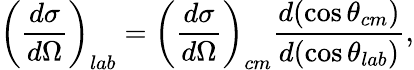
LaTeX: \left(\frac{d\sigma}{d\Omega}\right)_{lab}=\left(\frac{d\sigma}{d\Omega}\right)_{cm}\frac{d(\cos\theta_{cm})}{d(\cos\theta_{lab})},